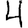
Digit: 4